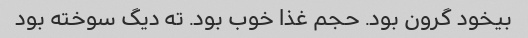
بیخود گرون بود. حجم غذا خوب بود. ته دیگ سوخته بود